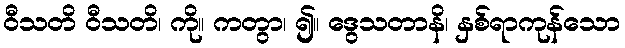
ဝီသတိ ဝီသတိ၊ ကို။ ကတွာ၊ ၍။ ဒွေသတာနိ၊ နှစ်ရာကုန်သော